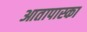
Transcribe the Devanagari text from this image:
आतापास्का